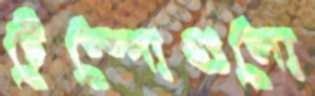
টেম্পোগুলো